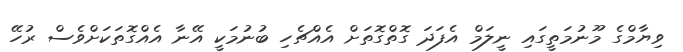
ވިޔާމްގެ މޫނުމަތީގައި ނީލަމް އެފަދަ ގޮތްގޮތަށް އެއްޗެހި ބުނުމަކީ އޭނާ އެއްގޮތަކަށްވެސް ރުހޭ